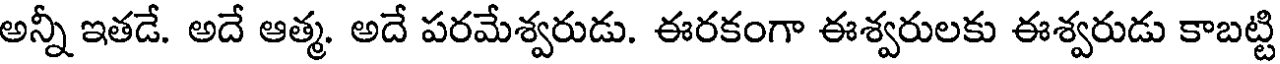
అన్నీ ఇతడే. అదే ఆత్మ. అదే పరమేశ్వరుడు. ఈరకంగా ఈశ్వరులకు ఈశ్వరుడు కాబట్టి